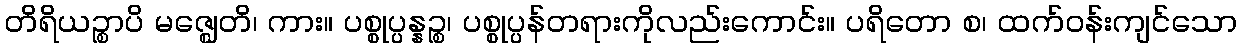
တိရိယဉ္စာပိ မဇ္ဈေတိ၊ ကား။ ပစ္စုပ္ပန္နဉ္စ၊ ပစ္စုပ္ပန်တရားကိုလည်းကောင်း။ ပရိတော စ၊ ထက်ဝန်းကျင်သော